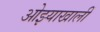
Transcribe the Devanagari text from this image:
ओझ्याखालीं